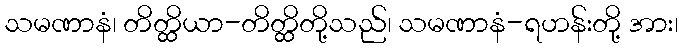
သမဏာနံ၊ တိတ္ထိယာ-တိတ္ထိတို့သည်၊ သမဏာနံ-ရဟန်းတို့ အား၊